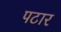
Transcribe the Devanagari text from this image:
पटार